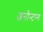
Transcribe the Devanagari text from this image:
अनोन्टन्ग